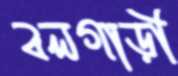
বলগাড়ী